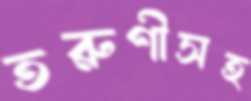
তরুণীসহ